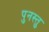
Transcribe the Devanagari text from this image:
पुनस्तु